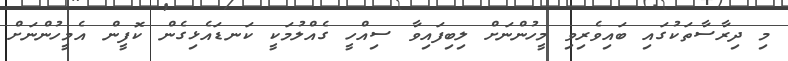
މި ދިރާސާތަކުގައި ބައިވެރިވި މީހުންނަށް ލިބިފައިވާ ސިއްހީ ގެއްލުމަކީ ކަނޑައެޅިގެން ކޮފީން އެމީހުންނަށް